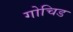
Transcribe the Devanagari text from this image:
गोचिड